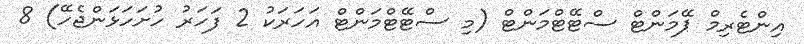
އިންޓެރިމް ޕޭމަންޓް ސްޓޭޓްމަންޓް (މި ސްޓޭޓްމަންޓް އަހަރަކު 2 ފަހަރު ހުށަހަޅަންޖެހޭ) 8